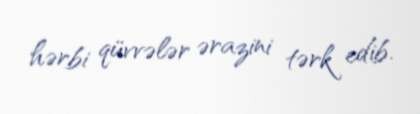
hərbi qüvvələr ərazini tərk edib.